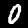
Label: 0